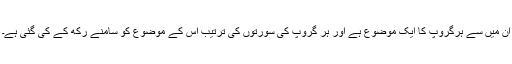
ان میں سے ہرگروپ کا ایک موضوع ہے اور ہر گروپ کی سورتوں کی ترتیب اس کے موضوع کو سامنے رکھ کے کی گئی ہے۔